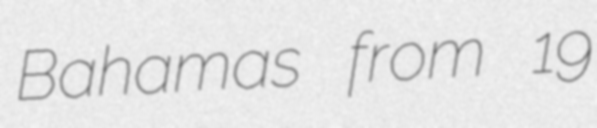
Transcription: Bahamas from 19